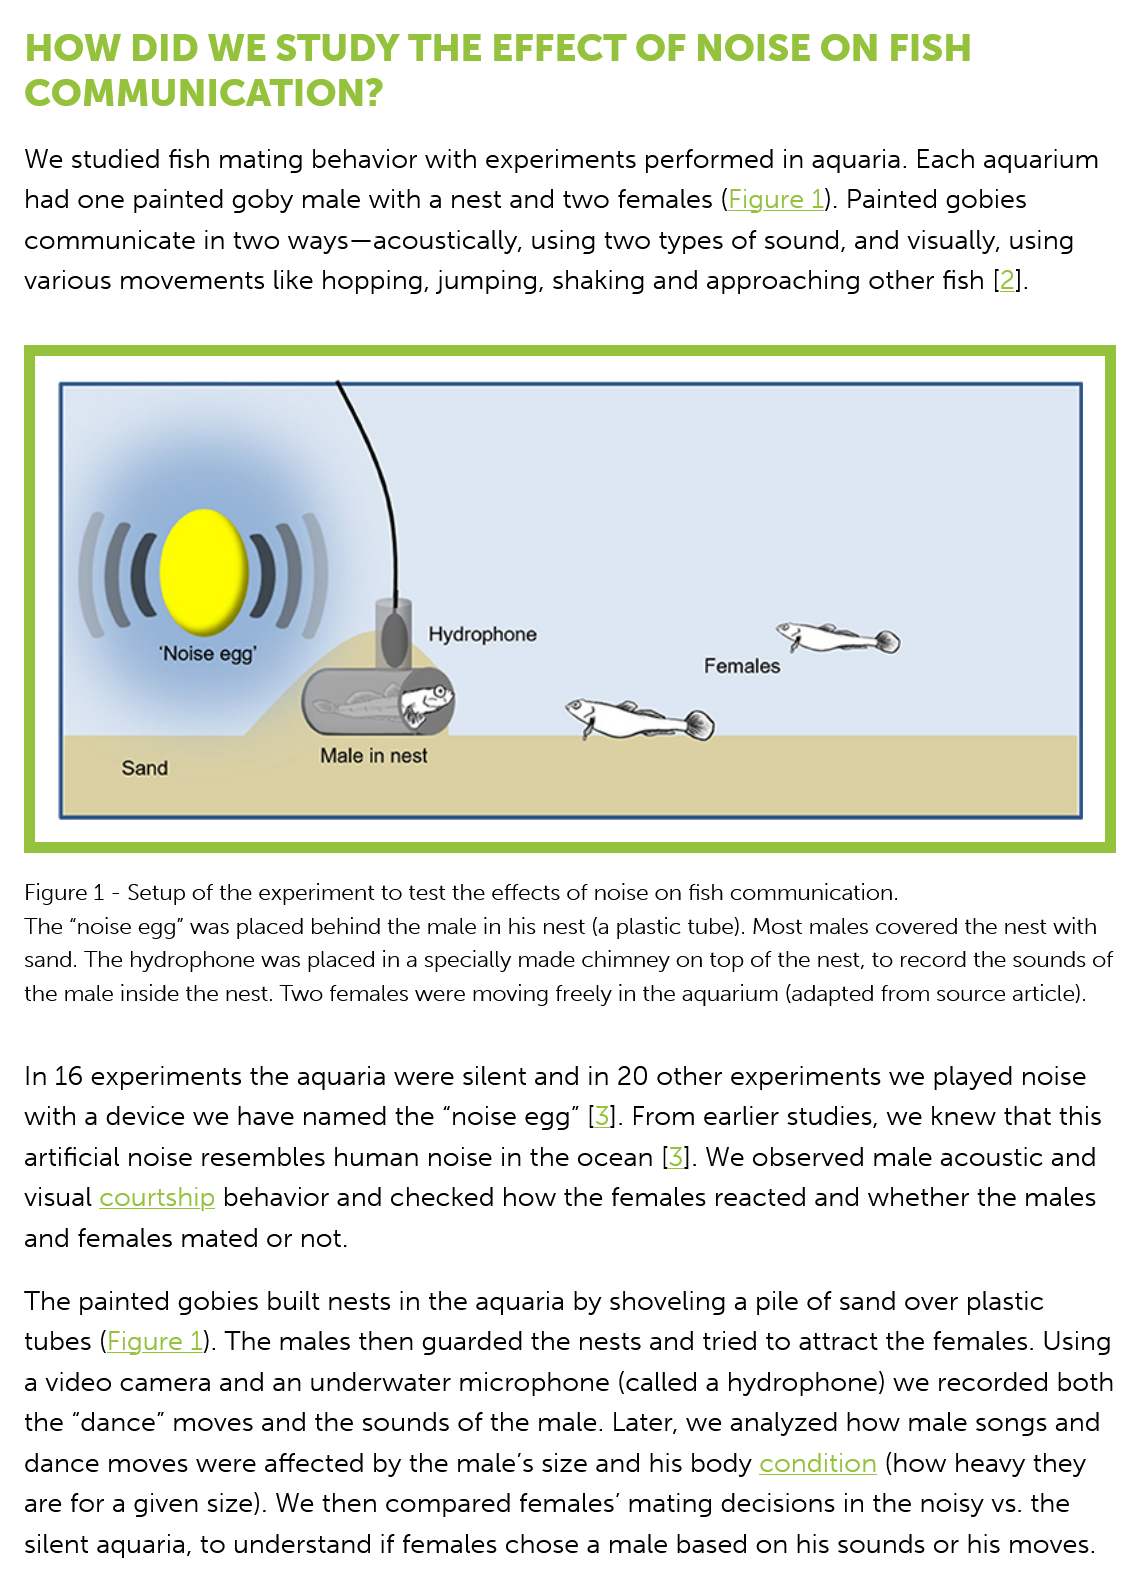
HOW DID    WE   STUDY   THE    EFFECT    OF   NOISE    ON FISH
   COMMUNICATION?
   We studied fish mating behavior with experiments   performed  in aquaria. Each aquarium
   had one painted  goby male  with a nest and two females (Figure  1). Painted gobies
   communicate   in two ways—acoustically,  using two  types of sound, and visually, using
  various movements    like hopping, jumping. shaking and  approaching  other fish [2].
   Figure 1
     -
     Setup of the experiment to test the effects of noise on fish communication.
  The “noise egg" was placed behind the male in his nest (a plastic tube). Most males covered the nest with
   sand. The hydrophone was placed in a specially made chimney on top of the nest, to record the sounds of
   the male inside the nest. Two females were moving freely in the aquarium (adapted from source article).
   In 16 experiments the aquaria were  silent and in 20 other experiments we played noise
   with a device we have named the   “noise egg” [3]. From earlier studies, we knew that this
   artificial noise resembles human noise in the ocean [3]. We observed male  acoustic and
  visual courtship behavior and  checked  how  the females reacted and  whether  the males
   and females mated  or not.
  The  painted gobies built nests in the aquaria by shoveling a pile of sand over plastic
   tubes (Figure 1). The males then guarded the nests and tried to attract the females. Using
   a video camera  and an underwater  microphone (called   a hydrophone)  we  recorded both
   the “dance” moves and  the sounds  of the male. Later, we analyzed how  male  songs and
   dance moves were affected   by the male's size and his body condition (how  heavy they
   are for a given size). We then compared females’ mating  decisions in the noisy vs. the
   silent aquaria, to understand if females chose a male based on his sounds or his moves.